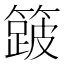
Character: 𮆎